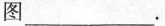
图___。